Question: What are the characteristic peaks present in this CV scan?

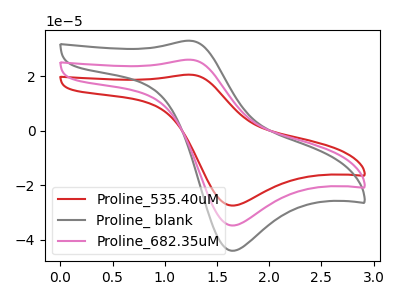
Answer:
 <answer>The red curve "Proline_535.40uM" has an anodic peak at (1.25V, 52.05uA) and a cathodic peak at (1.65V, -69.40uA). The gray curve "Proline_ blank" has an anodic peak at (1.25V, 33.00uA) and a cathodic peak at (1.65V, -43.95uA). The pink curve "Proline_682.35uM" has an anodic peak at (1.25V, 26.05uA) and a cathodic peak at (1.65V, -34.70uA).</answer>
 <eval></eval>